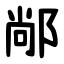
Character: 䣊